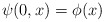
\begin{align*}\psi (0,x)=\phi (x) \end{align*}